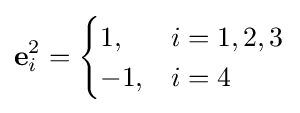
\mathbf {e} _{i}^{2}={\begin{cases}1,&i=1,2,3\\-1,&i=4\end{cases}}